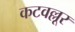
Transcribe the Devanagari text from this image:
कटवल्लूर